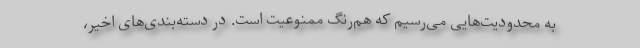
به محدودیت‌هایی می‌رسیم که هم‌رنگ ممنوعیت است. در دسته‌بندی‌های اخیر،